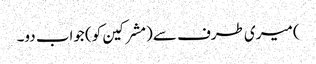
) میری طرف سے (مشرکین کو) جواب دو۔